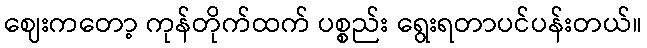
ဈေးကတော့ ကုန်တိုက်ထက် ပစ္စည်း ရွေးရတာပင်ပန်းတယ်။